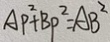
A P ^ { 2 } + B P ^ { 2 } = A B ^ { 2 }